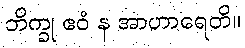
ဘိက္ခု ဧဝံ န အာဟာရေတိ။